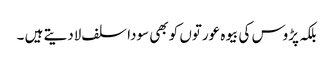
بلکہ پڑوس کی بیوہ عورتوں کو بھی سودا سلف لادیتے ہیں ۔